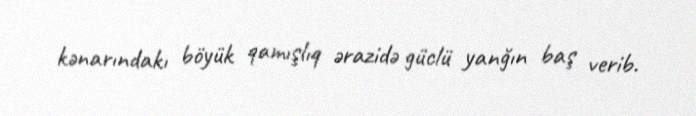
kənarındakı böyük qamışlıq ərazidə güclü yanğın baş verib.